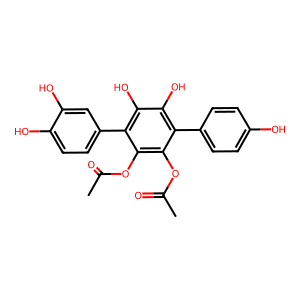
SMILES: CC(=O)Oc1c(OC(C)=O)c(-c2ccc(O)c(O)c2)c(O)c(O)c1-c1ccc(O)cc1
Inhibits HIV replication: No